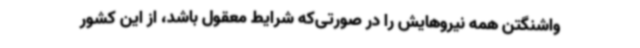
واشنگتن همه نیروهایش را در صورتی‌که شرایط معقول باشد، از این کشور